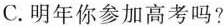
C.明年你参加高考吗?